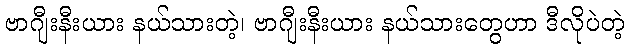
ဗာဂျီးနီးယား နယ်သားတဲ့၊ ဗာဂျီးနီးယား နယ်သားတွေဟာ ဒီလိုပဲတဲ့